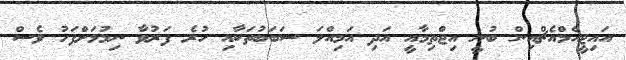
އައިޖީއެމްއެޗްއިން ބުނީ އިޖްތިމާއީ އަދި އަމިއްލަ ސަބަބުތަކާއި ހުރެ ފަރުވާ ނިމުމަށްފަހު ވެސް